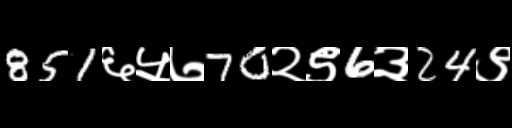
Text: 851६५७70२९6३24९